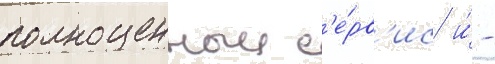
полноценныи с'е́рв'ис и́ -